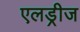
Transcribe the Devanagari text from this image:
एलड्रीज